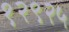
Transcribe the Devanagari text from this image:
१२९२५